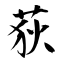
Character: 荻